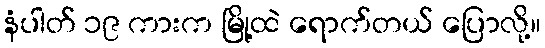
နံပါတ် ၁၉ ကားက မြို့ထဲ ရောက်တယ် ပြောလို့။